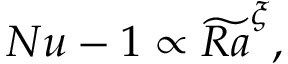
N u - 1 \propto \widetilde { R a } ^ { \xi } ,